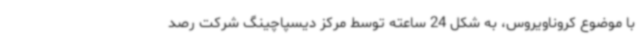
با موضوع کروناویروس، به شکل 24 ساعته توسط مرکز دیسپاچینگ شرکت رصد